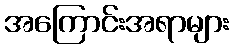
အကြောင်းအရာများ